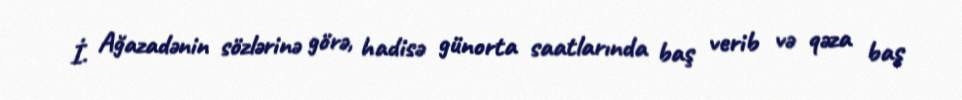
İ. Ağazadənin sözlərinə görə, hadisə günorta saatlarında baş verib və qəza baş